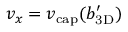
v _ { x } = \ensuremath { v _ { \mathrm { c a p } } } ( \ensuremath { b _ { \mathrm { 3 D } } ^ { \prime } } )